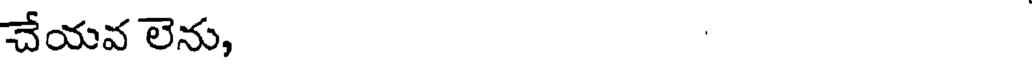
చేయవ లెను,